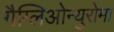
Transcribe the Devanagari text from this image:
गैग्लिओन्युरोमा